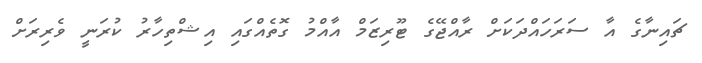
ޗައިނާގެ އާ ސަރަހައްދަކަށް ރާއްޖޭގެ ޓޫރިޒަމް އާއްމު ގޮތެއްގައި އިޝްތިހާރު ކުރަނީ ވެރިރަށް